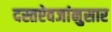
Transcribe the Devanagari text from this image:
दस्तऐवजांनुसार